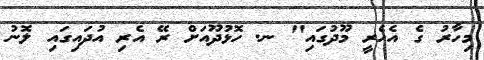
މިހާރު ގެ އެހެރީ މޫދުގައި" ނ. ހޮޅުދޫއަށް ރޭ އެރި އުދައިގައި ލޮނު